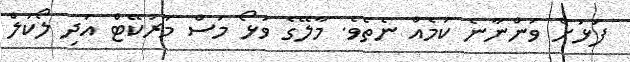
ފަޅަށް ވަންނާނެ ކަމެއް ނެތެވެ. މާލޭގެ ވަޅޯ މަސް މާރުކޭޓް އަދި ލޯކަލް